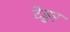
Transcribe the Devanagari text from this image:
टेड्डर